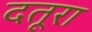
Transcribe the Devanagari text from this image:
दतूरा